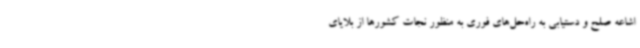
اشاعه صلح و دستیابی به راه‌حل‌های فوری به منظور نجات کشورها از بلایای